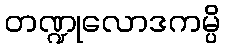
တဏ္ဍုလောဒကမ္ပိ